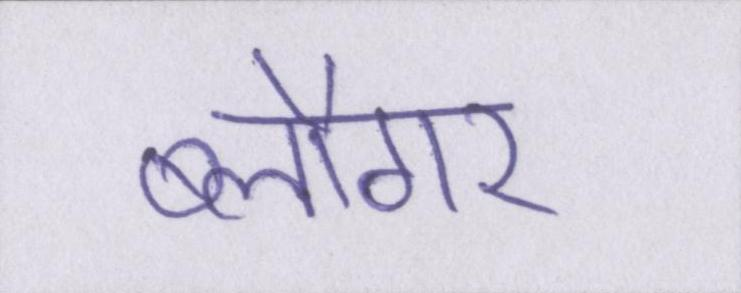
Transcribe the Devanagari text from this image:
ब्लौगर